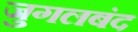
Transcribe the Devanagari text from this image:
जुगलबंद